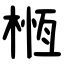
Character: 㮓